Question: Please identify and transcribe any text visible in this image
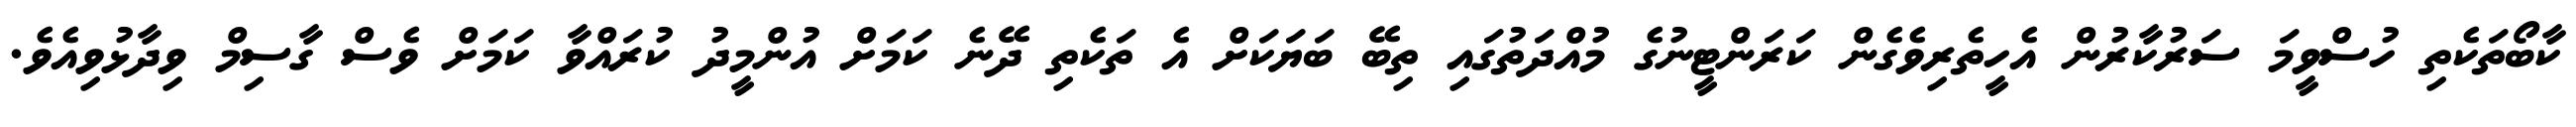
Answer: ކާބޯތަކެތި ހުސްވީމަ ސަރުކާރުން އެހީތެރިވެގެން ކަރަންޓީނުގެ މުއްދަތުގައި ތިބޭ ބަޔަކަށް އެ ތަކެތި ދޭނެ ކަމަށް އުންމީދު ކުރައްވާ ކަމަށް ވެސް ގާސިމް ވިދާޅުވިއެވެ.